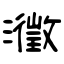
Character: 瀓